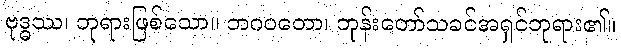
ဗုဒ္ဓဿ၊ ဘုရားဖြစ်သော။ ဘဂဝတော၊ ဘုန်းတော်သခင်အရှင်ဘုရား၏။